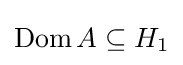
\operatorname {Dom} A\subseteq H_{1}